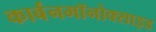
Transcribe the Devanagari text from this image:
कार्बनमॉनोक्साइड